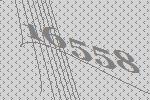
16558